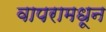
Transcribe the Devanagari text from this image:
वापरामधून